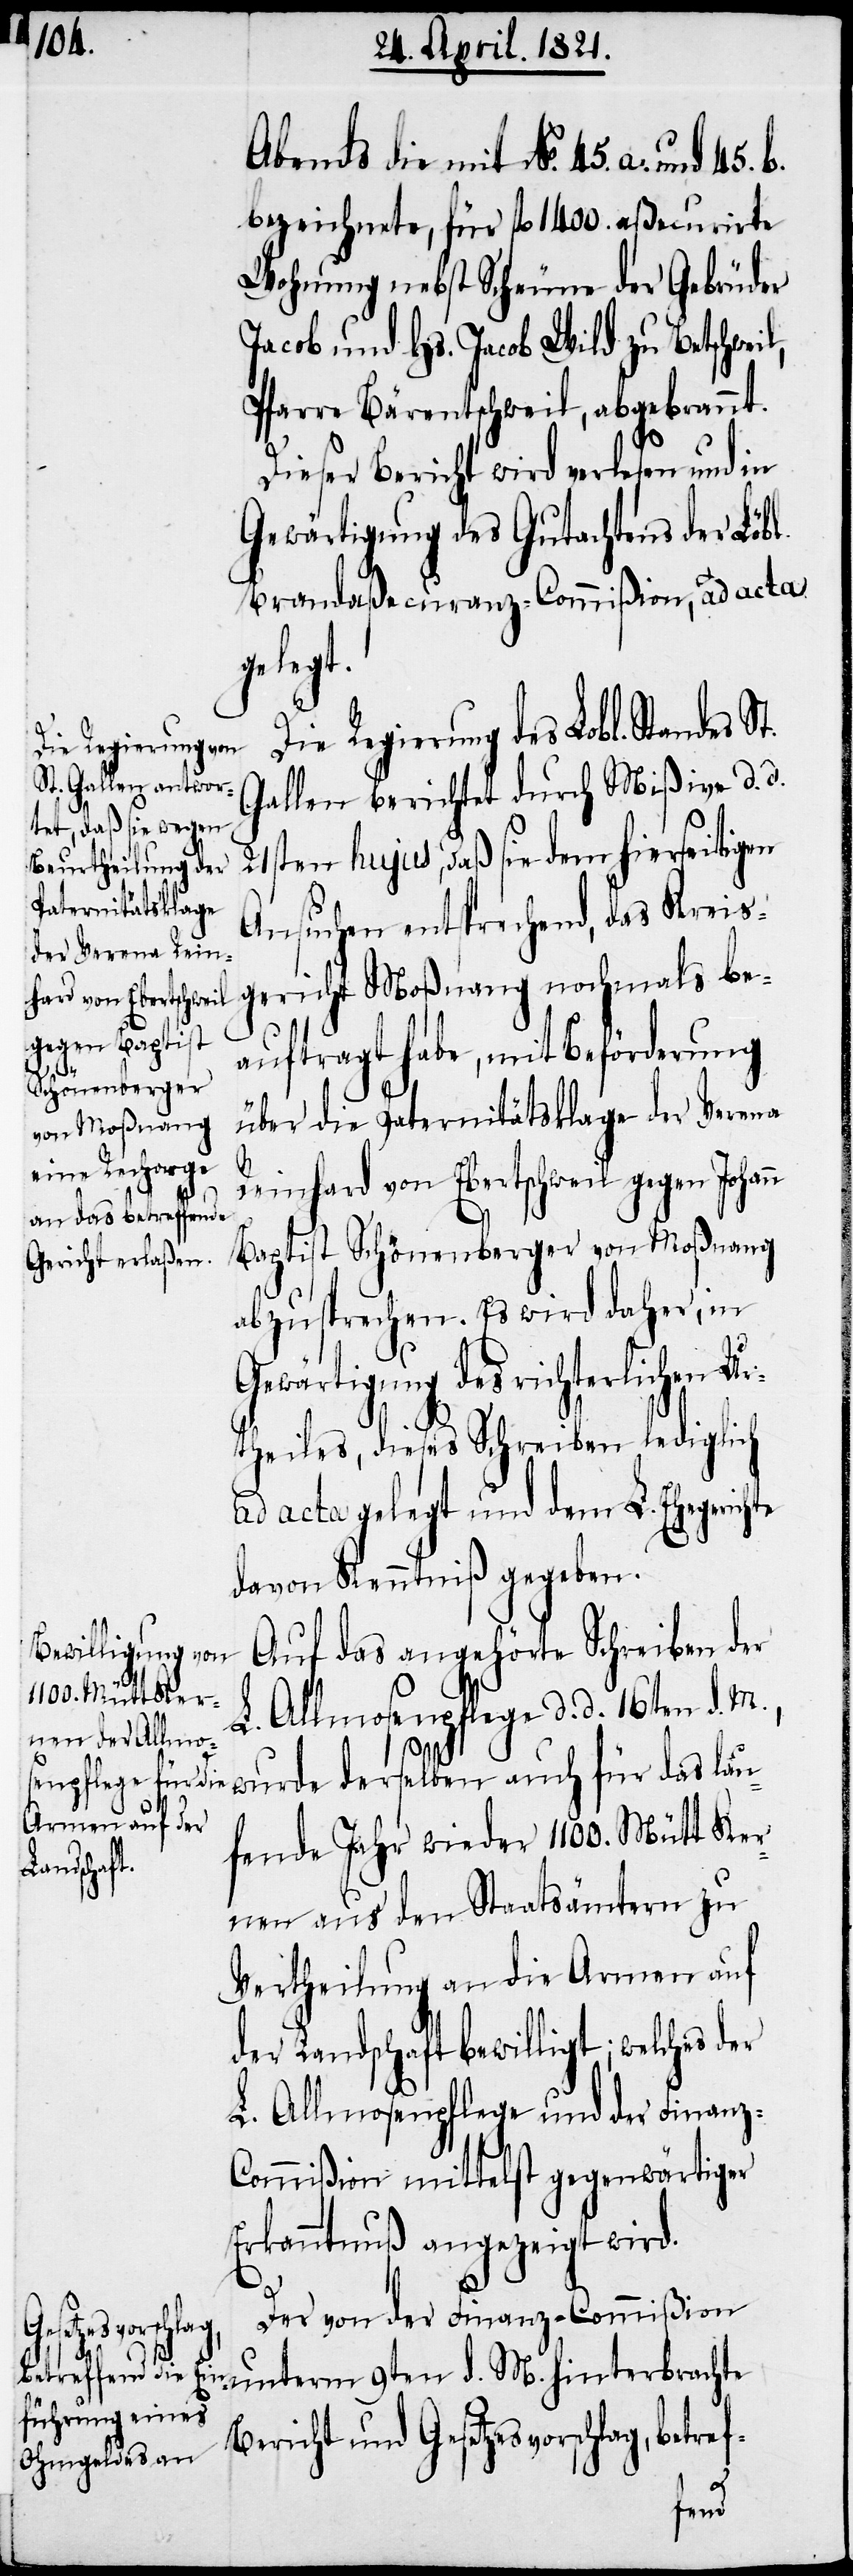
Abends die mit No. 45. a. und
bezeichnete, für fl. 1400. aßecurirte
Wohnung nebst Scheune der Gebrüder
Jacob und Hs. Jacob Wild zu Betschw¬
Pfarre Bärentschweil, abgebrannt.
Dieser Bericht wird verlesen und in
Gewärtigung des Gutachtens der Löbl.
Brandaßecuranz-Commißion, ad acta
gelegt.
Die Regierung des Lobl. Standes S¬
Gallen berichtet durch Mißive d. d.
21sten hujus, daß sie dem hierseitigen
Ansuchen entsprechend, das Kreis¬
gericht Moßnang nochmals be¬
auftragt habe, mit Beförderung
über die Paternitätsklage der Verena
t.
Reinhard von Ebertschweil gegen Johann
Baptist Schönenberger von Moßnang
abzusprechen. Es wird daher, in
Gewärtigung des richterlichen Ur¬
theils, dieses Schreiben lediglich
ad acta gelegt und dem L. Ehegerichte
davon Kenntniß gegeben.
Auf das angehörte Schreiben der
L. Allmosenpflege d. d. 16ten d.
wurde derselben auch für das lau¬
fende Jahr wieder 1100. Mütt Ker¬
nen aus den Staatsämtern zu
Vertheilung an die Armen auf
der Landschaft bewilligt; welches
L. Allmosenpflege und der Finanz-C¬
ommißion mittelst gegenwärtiger
Erkanntnuß angezeigt wird.
Der von der Finanz-Commißion
unterm 9ten d. M. hinterbrachte
Bericht und Gesetzesvorschlag, betref-
eil,